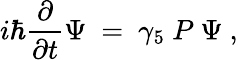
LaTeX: i\hbar{\frac{\partial}{\partial t}}\Psi\ =\ \gamma_{5}\ P\ \Psi\ ,